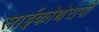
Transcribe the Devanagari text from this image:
साईकोथेरापी